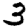
Digit: 3